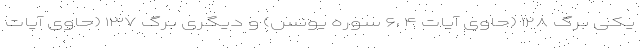
یکی برگ ۱۲۸ (حاوی آیات ۴ ،۶ سوره یونس) و دیگری برگ ۱۳۷ (حاوی آیات